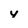
Character: y